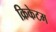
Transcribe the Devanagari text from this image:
क्रिकेटम